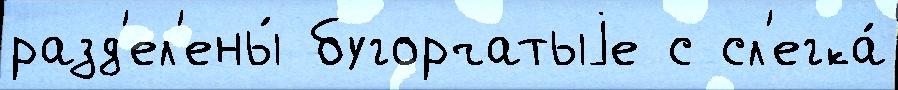
разд'ел'ены́ бугорчатыjе с сл'егка́